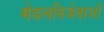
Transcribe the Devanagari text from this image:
मेडलविजेताओं